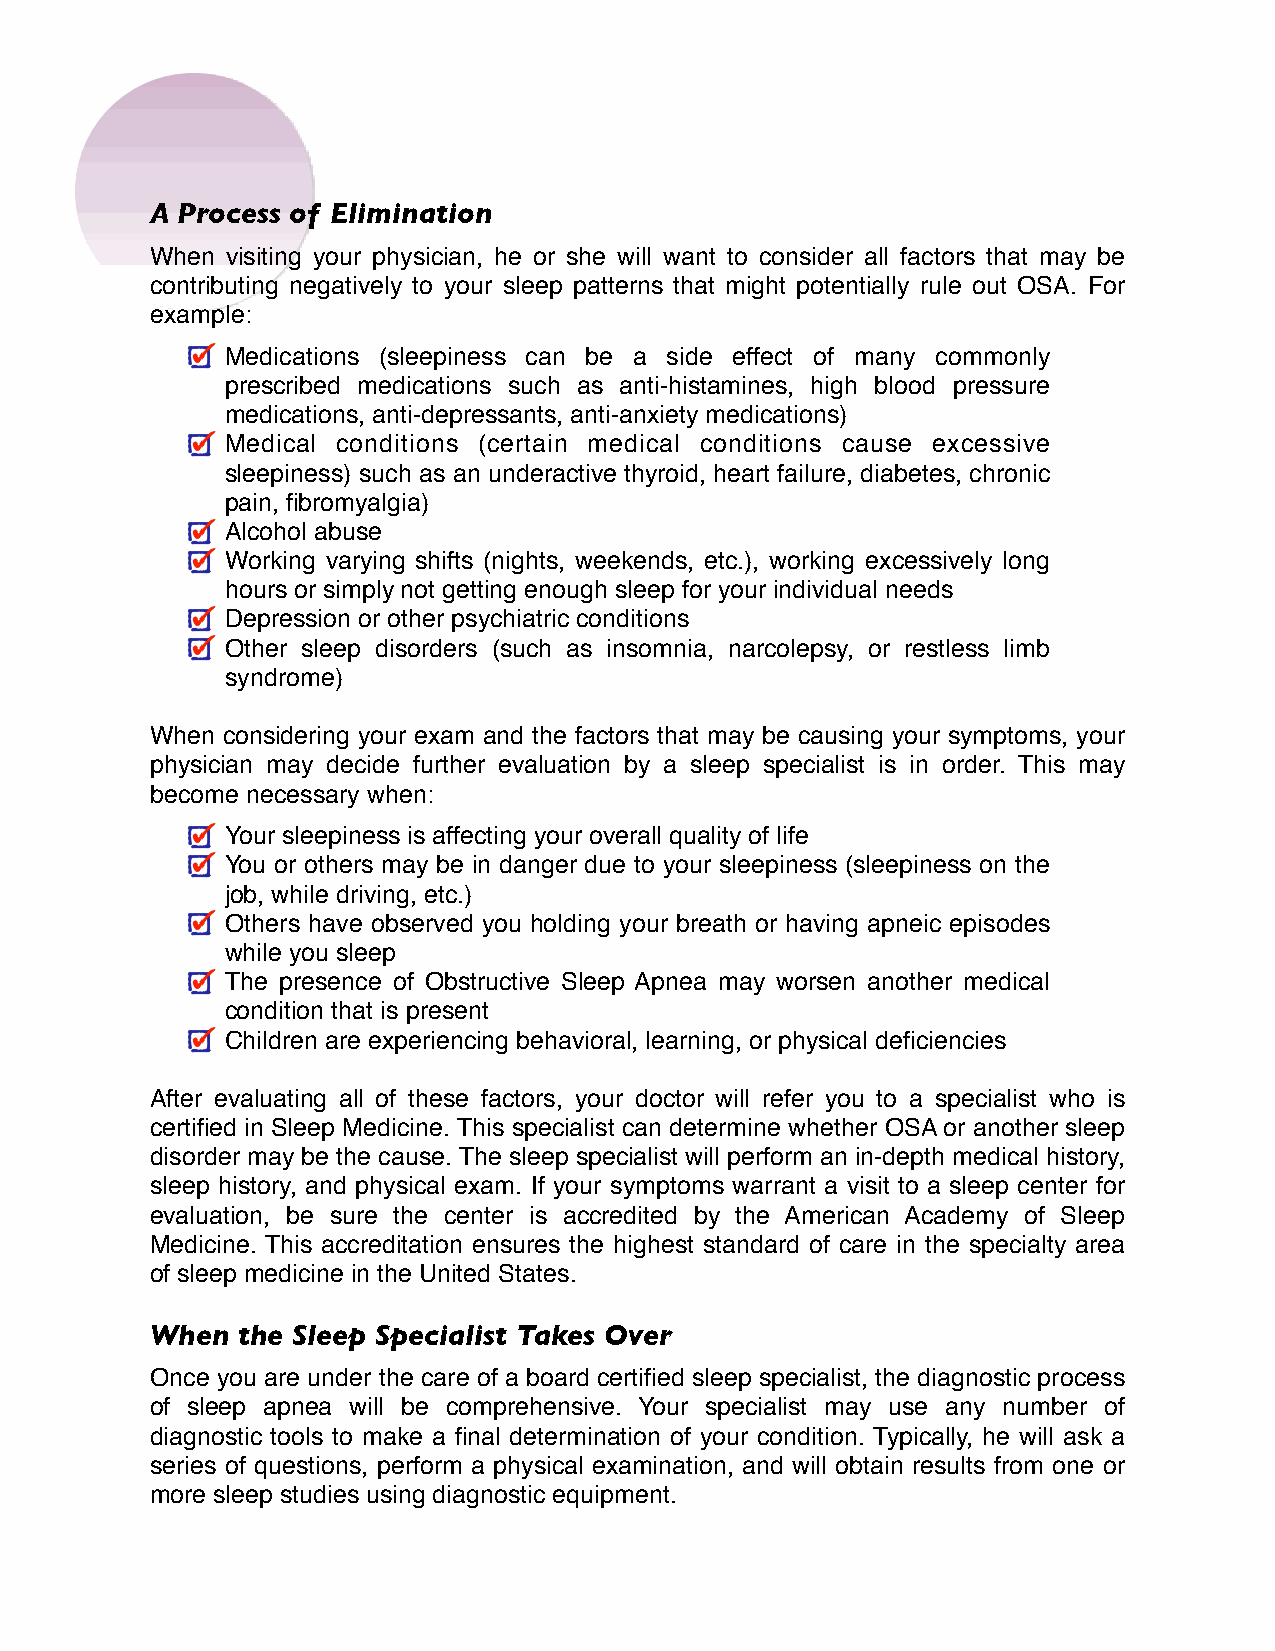
A Process of Elimination
 When visiting your physician, he or she will want to consider all factors that may be
 contributing negatively to your sleep patterns that might potentially rule out OSA. For
 example:
 Medications (sleepiness can be a side effect of many commonly
 prescribed medications such as anti-histamines, high blood pressure
 medications, anti-depressants, anti-anxiety medications)
 Medical conditions (certain medical conditions cause excessive
 sleepiness) such as an underactive thyroid, heart failure, diabetes, chronic
 pain, fibromyalgia)
 Alcohol abuse
 Working varying shifts (nights, weekends, etc.), working excessively long
 hours or simply not getting enough sleep for your individual needs
 Depression or other psychiatric conditions
 Other sleep disorders (such as insomnia, narcolepsy, or restless limb
 syndrome)
 When considering your exam and the factors that may be causing your symptoms, your
 physician may decide further evaluation by a sleep specialist is in order. This may
 become necessary when:
 Your sleepiness is affecting your overall quality of life
 You or others may be in danger due to your sleepiness (sleepiness on the
 job, while driving, etc.)
 Others have observed you holding your breath or having apneic episodes
 while you sleep
 The presence of Obstructive Sleep Apnea may worsen another medical
 condition that is present
 Children are experiencing behavioral, learning, or physical deficiencies
 After evaluating all of these factors, your doctor will refer you to a specialist who is
 certified in Sleep Medicine. This specialist can determine whether OSA or another sleep
 disorder may be the cause. The sleep specialist will perform an in-depth medical history,
 sleep history, and physical exam. If your symptoms warrant a visit to a sleep center for
 evaluation, be sure the center is accredited by the American Academy of Sleep
 Medicine. This accreditation ensures the highest standard of care in the specialty area
 of sleep medicine in the United States.
 When  the Sleep Specialist Takes Over
 Once you are under the care of a board certified sleep specialist, the diagnostic process
 of sleep apnea will be comprehensive. Your specialist may use any number of
 diagnostic tools to make a final determination of your condition. Typically, he will ask a
 series of questions, perform a physical examination, and will obtain results from one or
 more sleep studies using diagnostic equipment.